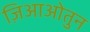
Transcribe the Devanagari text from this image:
ज़िआओतुन